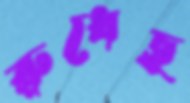
রুধেছ